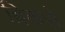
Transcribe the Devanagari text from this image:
ब्रिकसे